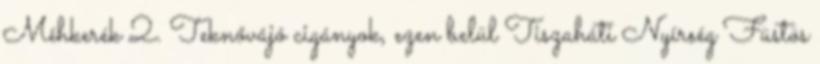
Méhkerék 2. Teknővájó cigányok, ezen belül Tiszaháti Nyírség Füstös